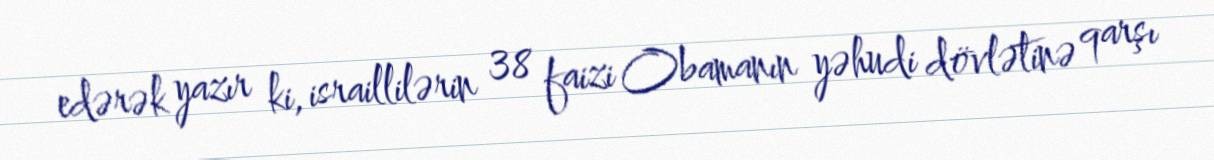
edərək yazır ki, israillilərin 38 faizi Obamanın yəhudi dövlətinə qarşı